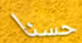
حسنا